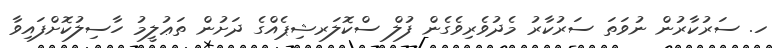
ހ. ސަރުކާރުން ނުވަތަ ސަރުކާރު މެދުވެރިވެގެން ފުލް ސްކޮލަރޝިޕެއްގެ ދަށުން ތަޢުލީމު ހާސިލުކޮށްފައިވާ